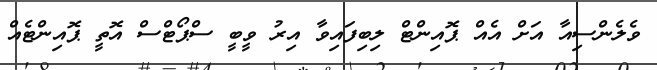
ވެލެންސިއާ އަށް އެއް ޕޮއިންޓް ލިބިފައިވާ އިރު ވީބީ ސްޕޯޓްސް އޮތީ ޕޮއިންޓެއް